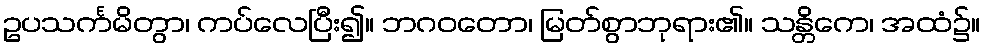
ဥပသင်္ကမိတွာ၊ ကပ်လေပြီး၍။ ဘဂဝတော၊ မြတ်စွာဘုရား၏။ သန္တိကေ၊ အထံ၌။